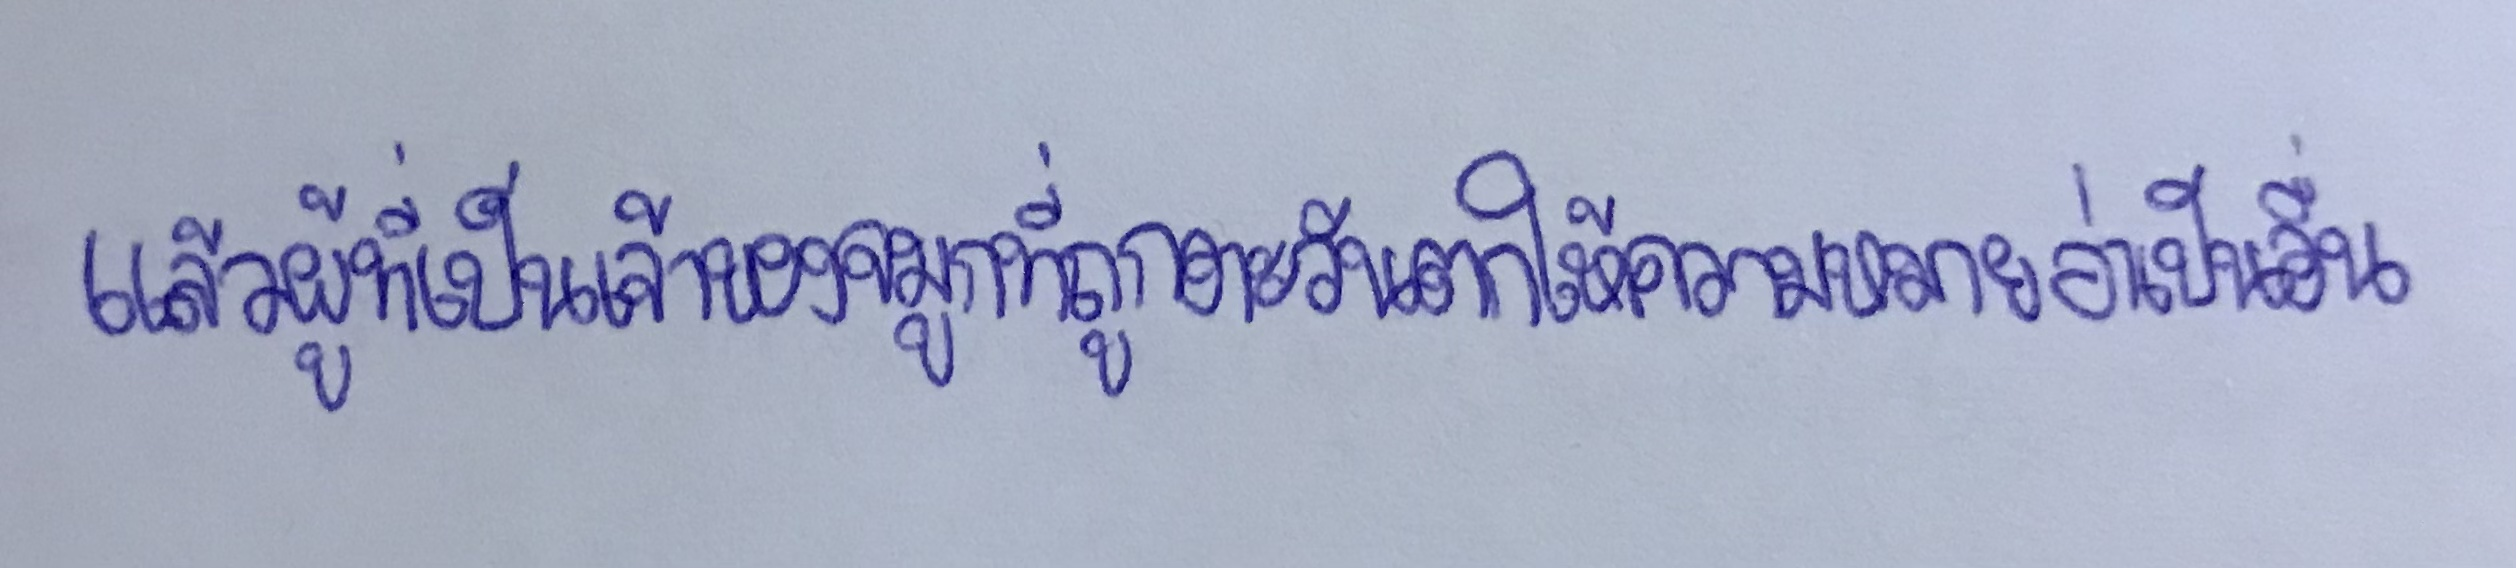
แล้วผู้ที่เป็นเจ้าของจมูกที่ถูกตะวันตกให้ความหมายว่าเป็นอื่น